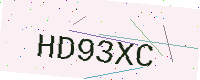
Text: HD93XC